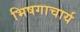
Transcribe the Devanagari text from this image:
भिषगाचार्य